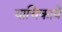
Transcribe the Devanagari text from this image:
याचिकायें